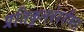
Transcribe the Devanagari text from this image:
प्रतिकूलवेदनीयता